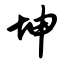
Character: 坤